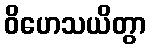
ဝိဟေသယိတွာ